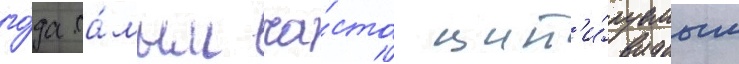
го́да са́мым ча́сто цит'и́руемым